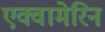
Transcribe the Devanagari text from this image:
एक्वामेरिन